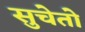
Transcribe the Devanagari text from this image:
सुचेतो